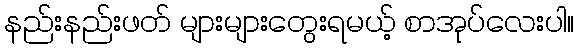
နည်းနည်းဖတ် များများတွေးရမယ့် စာအုပ်လေးပါ။